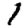
Digit: 1